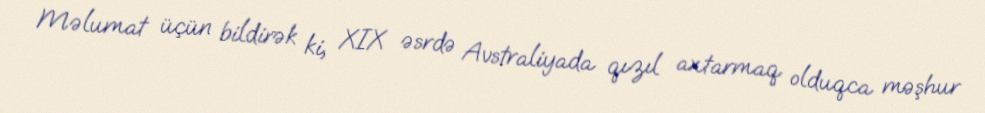
Məlumat üçün bildirək ki, XIX əsrdə Avstraliyada qızıl axtarmaq olduqca məşhur